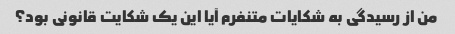
من از رسیدگی به شکایات متنفرم آیا این یک شکایت قانونی بود؟